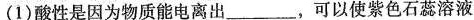
(1)酸性是因为物质能电离出___，可以使紫色石蕊溶液